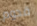
قدوم